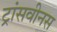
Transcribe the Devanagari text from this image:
ट्रांसवीनस